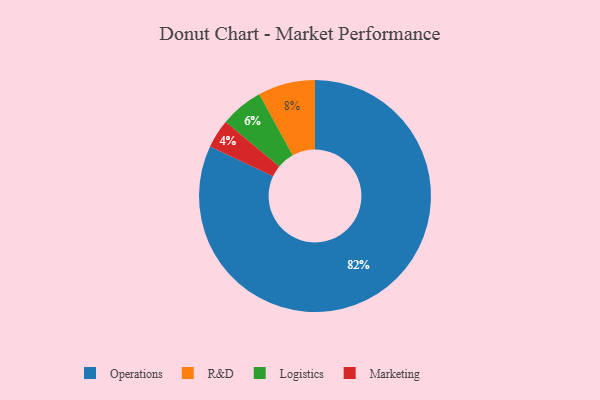
{"axis": {"x": "Category", "y": "Percentage"}, "legend": ["Logistics", "Marketing", "Operations", "R&D"], "data": [{"x": "Marketing", "y": 4, "type": "Marketing"}, {"x": "Operations", "y": 82, "type": "Operations"}, {"x": "R&D", "y": 8, "type": "R&D"}, {"x": "Logistics", "y": 6, "type": "Logistics"}]}